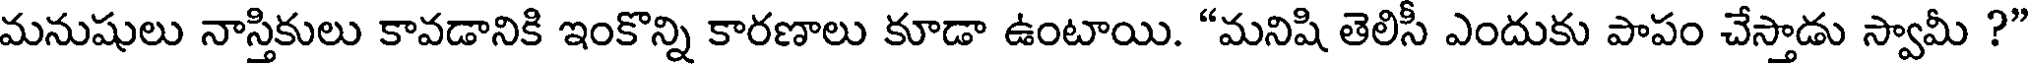
మనుషులు నాస్తికులు కావడానికి ఇంకొన్ని కారణాలు కూడా ఉంటాయి. "మనిషి తెలిసీ ఎందుకు పాపం చేస్తాడు స్వామీ ?"